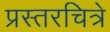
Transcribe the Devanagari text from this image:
प्रस्तरचित्रे